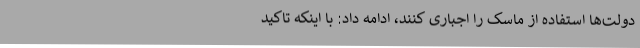
دولت‌ها استفاده از ماسک را اجباری کنند، ادامه داد: با اینکه تاکید